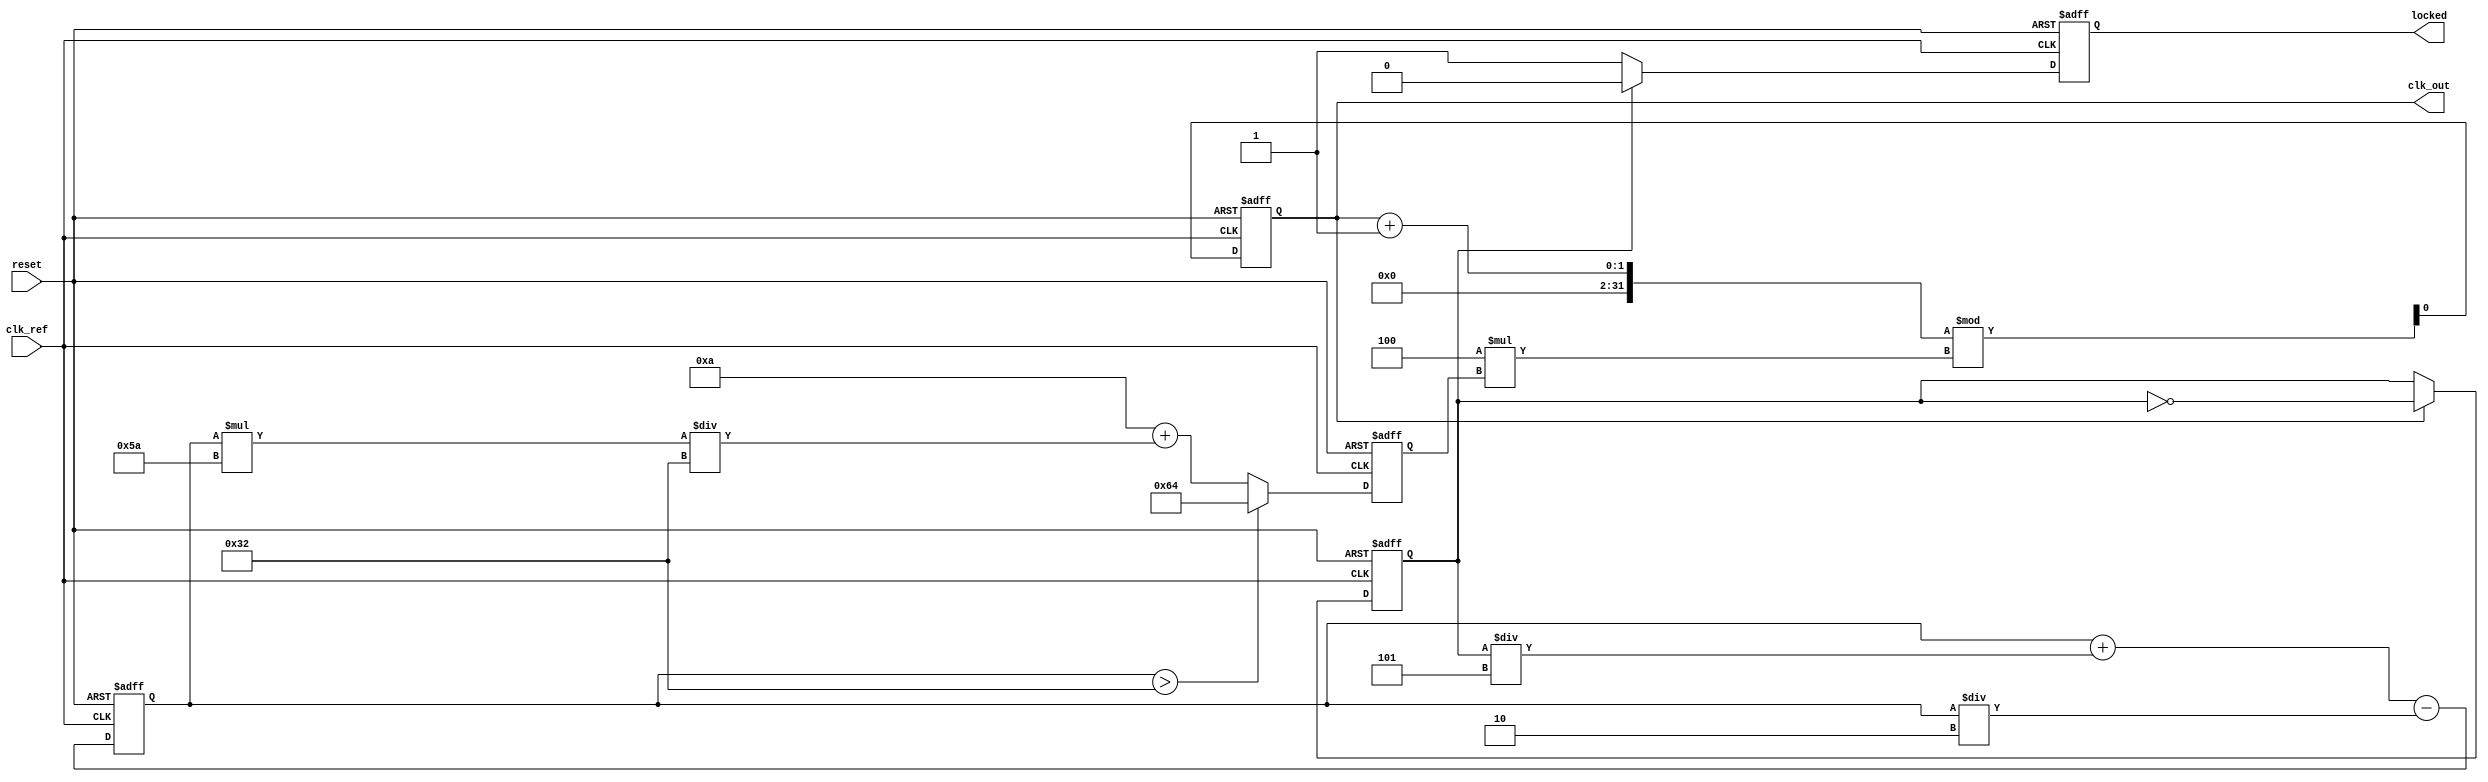
module pll_type1 (
    input wire clk_ref,          // Reference clock input
    input wire reset,            // Asynchronous reset
    output reg clk_out,          // Output clock
    output reg locked            // Lock indicator
);

// Parameters
parameter VCO_FREQ_MAX = 100;  // Max frequency of VCO in MHz
parameter VCO_FREQ_MIN = 10;    // Min frequency of VCO in MHz
parameter DIV_FACTOR = 4;       // Divider for feedback mechanism
parameter K_PD = 1;             // Phase Detector gain
parameter R_LPF = 5;            // Low-Pass Filter resistance factor
parameter C_LPF = 2;            // Low-Pass Filter capacitance factor

// Internal signals
reg [31:0] vco_frequency;       // Current frequency of VCO
reg [31:0] vco_control_voltage; // Control voltage for VCO
reg phase_error;                // Error signal from phase detector
reg clk_div;                    // Divided clock for feedback

// Phase Detector
always @(posedge clk_ref or posedge reset) begin
    if (reset) begin
        phase_error <= 0;
    end else begin
        phase_error <= clk_out ? ~phase_error : phase_error; // Simple PD implementation
    end
end

// Low-Pass Filter (First Order)
always @(posedge clk_ref or posedge reset) begin
    if (reset) begin
        vco_control_voltage <= 0;
    end else begin
        // Simple LPF implementation
        vco_control_voltage <= vco_control_voltage + (phase_error / R_LPF) - (vco_control_voltage / C_LPF);
    end
end

// Voltage-Controlled Oscillator (VCO)
always @(posedge clk_ref or posedge reset) begin
    if (reset) begin
        vco_frequency <= VCO_FREQ_MIN;
        clk_out <= 0;
        locked <= 0;
    end else begin
        // Control frequency based on voltage
        if (vco_control_voltage > (VCO_FREQ_MAX / 2)) begin
            vco_frequency <= VCO_FREQ_MAX;
        end else begin
            vco_frequency <= VCO_FREQ_MIN + (vco_control_voltage * (VCO_FREQ_MAX - VCO_FREQ_MIN) / (VCO_FREQ_MAX / 2));
        end

        // Generate output clock based on VCO frequency
        clk_out <= (clk_out + 1) % (DIV_FACTOR * vco_frequency);
        
        // Lock detection logic (simple threshold)
        if (phase_error == 0) begin
            locked <= 1;
        end else begin
            locked <= 0;
        end
    end
end

// Feedback Mechanism: Down-sampling for feedback
always @(posedge clk_out) begin
    if (reset) begin
        clk_div <= 0;
    end else begin
        clk_div <= (clk_div + 1) % DIV_FACTOR; // Basic frequency dividor
    end
end

endmodule